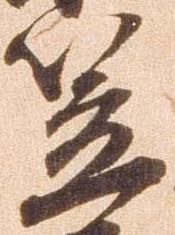
笠